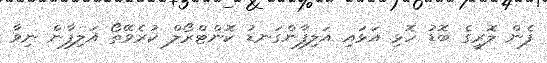
ފެން ލޮރީގެ ބޮޑު ހޮޅި އަޅައި އަލިފާންގަނޑު ކޮންޓްރޯލް ކުރެވޭތޯ އަލިފާން ނިވާ